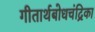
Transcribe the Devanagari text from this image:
गीतार्थबोधचंद्रिका